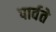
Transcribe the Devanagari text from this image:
पार्वते